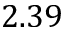
2 . 3 9